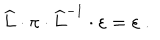
\widehat { L } \cdot \pi \cdot \widehat { L } ^ { - 1 } \cdot \varepsilon = \varepsilon ~ .